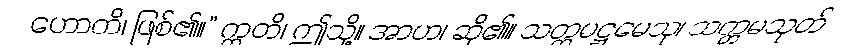
ဟောတိ၊ ဖြစ်၏။” ဣတိ၊ ဤသို့။ အာဟ၊ ဆို၏။ သတ္တမဋ္ဌမေသု၊ သတ္တမသုတ်